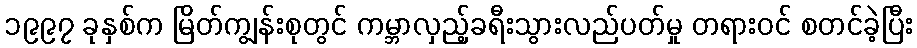
၁၉၉၇ ခုနှစ်က မြိတ်ကျွန်းစုတွင် ကမ္ဘာလှည့်ခရီးသွားလည်ပတ်မှု တရားဝင် စတင်ခဲ့ပြီး